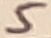
Text: 5